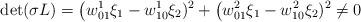
LaTeX: \begin{align*} \det(\sigma L)=\big(w^1_{01}\xi_1-w^1_{10}\xi_2)^2+ \big(w^2_{01}\xi_1-w^2_{10}\xi_2)^2\ne0\end{align*}